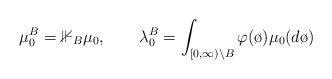
LaTeX: \begin{align*}\mu^B_0 =\mathbb{1}_{B}\mu_0, \qquad\lambda^B_0=\int_{[0,\infty)\backslash B}\varphi(\o)\mu_0(d\o)\end{align*}